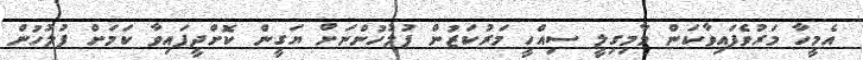
އެމީހާ މަރުވެފައިވާކަން މާމިގިލީ ސިއްހީ މަރުކަޒުން ފުލުހުންނަށް ޔަގީން ކޮށްދީފައިވާ ކަމަށް ފުލުހުން